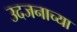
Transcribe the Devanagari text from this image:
उदजनाच्या